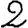
Digit: 2